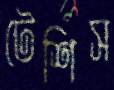
টেশিস